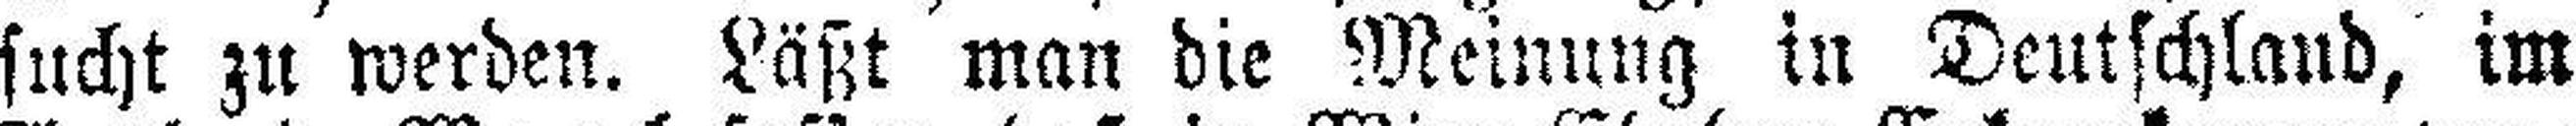
sucht zu werden. Läßt man die Meinung in Deutschland, im